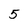
Character: 5